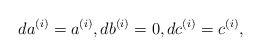
\begin{align*}da^{(i)}=a^{(i)},db^{(i)}=0, dc^{(i)}=c^{(i)},\end{align*}